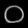
Digit: ၀